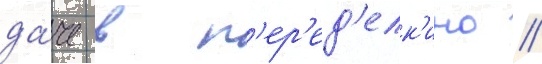
да́че в п'ер'ед'елк'ино //